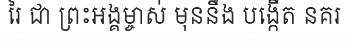
រៃ ជា ព្រះអង្គម្ចាស់ មុននឹង បង្កើត នគរ